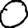
Digit: 0